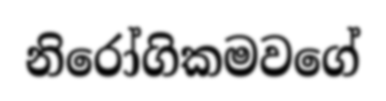
නිරෝගිකමවගේ